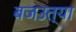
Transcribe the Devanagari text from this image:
बजउत्या